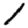
Digit: 1